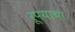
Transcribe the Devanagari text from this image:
रूपयाचा